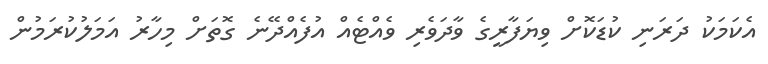
އެކަމަކު ދަރަނި ކުޑަކޮށް ވިޔަފާރީގެ ވާދަވެރި ވެއްޓެއް އުފެއްދޭނެ ގޮތަށް މިހާރު އަމަލުކުރަމުން